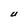
Character: U